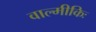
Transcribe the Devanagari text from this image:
वाल्मीकिः